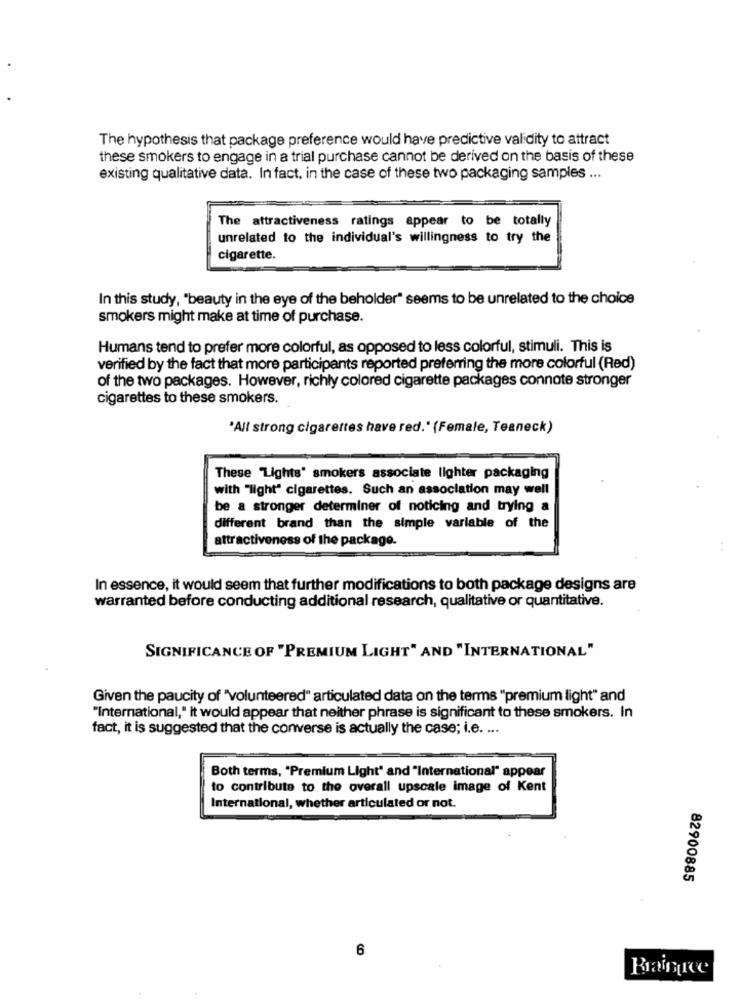
The hypothesis that package preference would have predictive validity to attract
these smokers to engage in a trial purchase cannot be derived on the basis of these
existing qualitative data. In fact, in the case of these two packaging samples ...
The attractiveness ratings appear to be totally
unrelated to the individual's willingness to try the
cigarette.
In this study, "beauty in the eye of the beholder" seems to be unrelated to the choice
smokers might make at time of purchase.
Humans tend to prefer more colorful, as opposed to less colorful, stimuli. This is
verified by the fact that more participants reported preferring the more colorful (Red)
of the two packages. However, richly colored cigarette packages connote stronger
cigarettes to these smokers.
'All strong cigarettes have red." (Female, Teaneck)
These "Lights' smokers associate lighter packaging
with "light" cigarettes. Such an association may well
be a stronger determiner of noticing and trying a
different brand than the simple variable of the
attractiveness of the package.
...
In essence, it would seem that further modifications to both package designs are
warranted before conducting additional research, qualitative or quantitative.
SIGNIFICANCE OF "PREMIUM LIGHT" AND "INTERNATIONAL"
Given the paucity of "Volunteered" articulated data on the terms "premium light" and
"International," it would appear that neither phrase is significant to these smokers. In
fact, it is suggested that the converse is actually the case; i.e. ...
Both terms, "Premium Light" and "International" appear
to contribute to the overall upscale image of Kent
International, whether articulated or not.
82900885
6
Braince